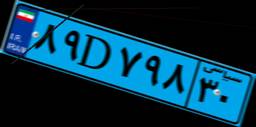
۸۹D۷۹۸۳۰